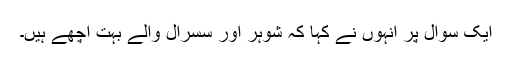
ایک سوال پر انہوں نے کہا کہ شوہر اور سسرال والے بہت اچھے ہیں۔